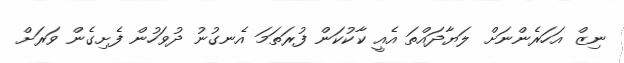
ނިޒް އަހަރެންނަށް ލަޔާދައްތަ އެއީ ކާކުކަން ފުރަތަމަ އެނގުނު ދުވަހުން ފެށިގެން ވަރަށް